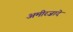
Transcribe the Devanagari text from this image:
अमीरज़ादे